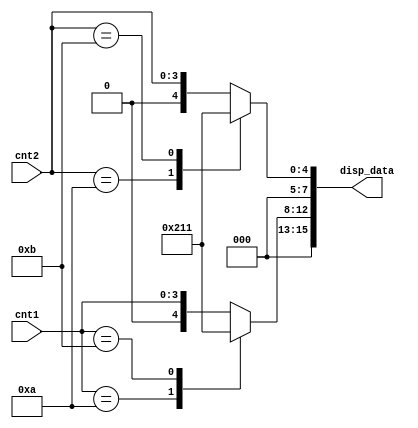
// 
module merger_score(
    input [3:0] cnt1,
    input [3:0] cnt2,
    output reg [15:0] disp_data
);

// 
reg [7:0] cnt1_BCD;
reg [7:0] cnt2_BCD;

// 
always @(cnt1)
    case(cnt1)
        4'b1010: cnt1_BCD = {4'b1, 4'b0};   // 10
        4'b1011: cnt1_BCD = {4'b1, 4'b1};   // 11
        default: cnt1_BCD = {4'b0, cnt1};
    endcase

// 
always @(cnt2)
    case(cnt2)
        4'b1010: cnt2_BCD = {4'b1, 4'b0};
        4'b1011: cnt2_BCD = {4'b1, 4'b1};
        default: cnt2_BCD = {4'b0, cnt2};
    endcase

// 
always @(cnt1_BCD or cnt2_BCD)
    disp_data = {cnt1_BCD, cnt2_BCD};

endmodule